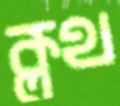
ক্লথ